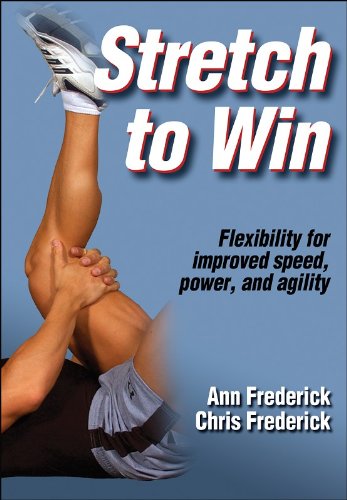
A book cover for Stretch to Win; Ann Frederick; Health, Fitness & Dieting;